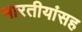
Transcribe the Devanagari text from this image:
भारतीयांसह